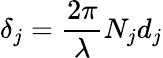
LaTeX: \delta_{j}=\frac{2\pi}{\lambda}N_{j}d_{j}